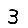
Digit: 3